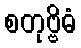
စတုဗ္ဗိဓံ